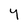
Character: Y